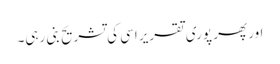
اور پھر پوری تقریر اسی کی تشریح بنی رہی۔